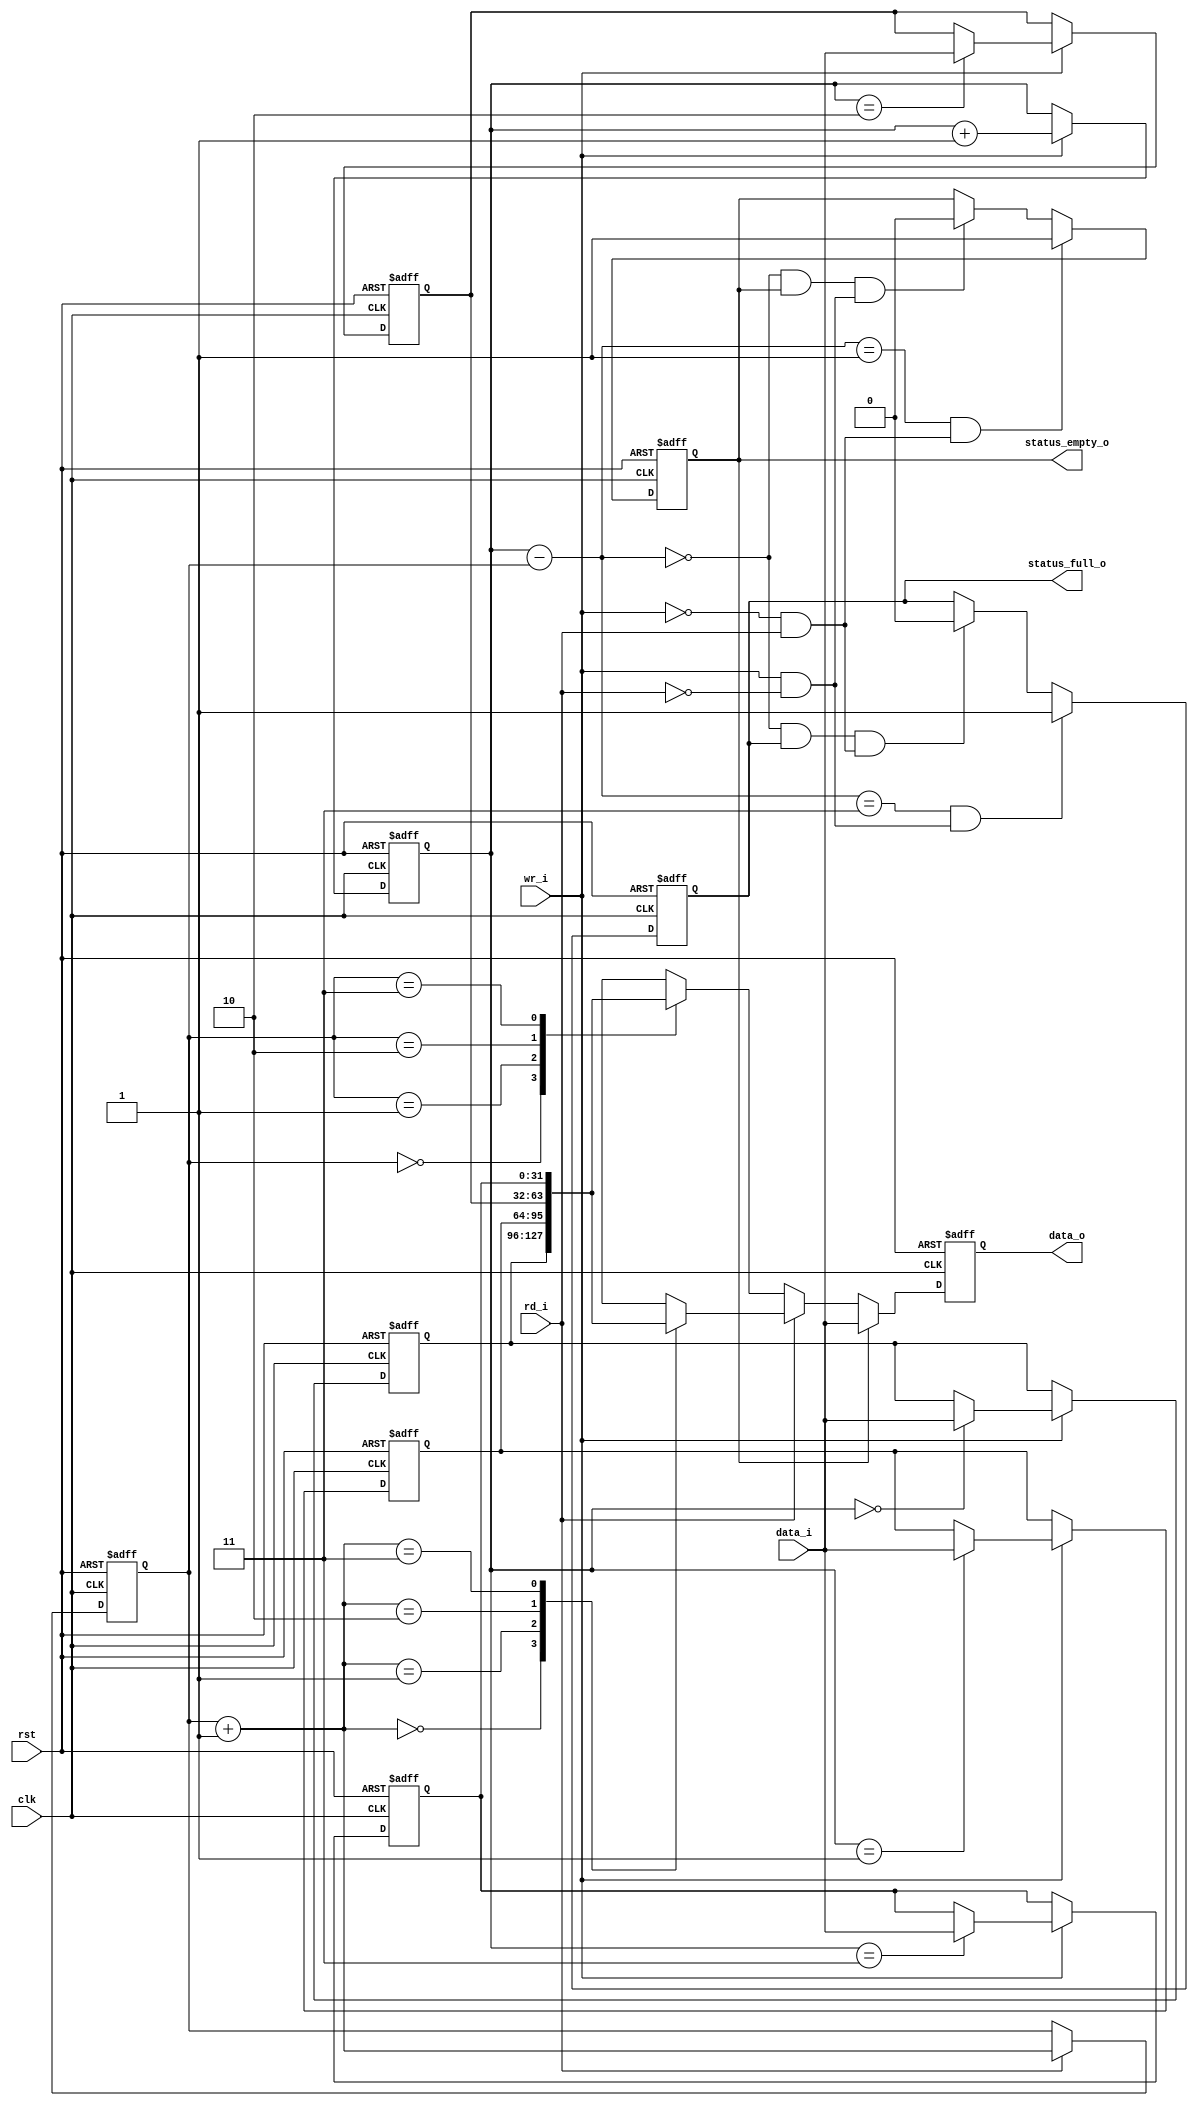
module mesi_isc_basic_fifo
    (
     // Inputs
     clk,
     rst,
     wr_i,
     rd_i,
     data_i,
     // Outputs
     data_o,
     status_empty_o,
     status_full_o
     );
parameter
  DATA_WIDTH        = 32,
  FIFO_SIZE         = 4,
  FIFO_SIZE_LOG2    = 2;
  

// Inputs
//================================
// System
input                   clk;          // System clock
input                   rst;          // Active high system reset

input                   wr_i;         // Write data to the fifo (store the data)
input                   rd_i;         // Read data from the fifo. Data is erased
                                      // afterward.
input [DATA_WIDTH-1:0]  data_i;       // Data data in to be stored
 
// Outputs
//================================
output [DATA_WIDTH-1:0] data_o;       // Data out to be rad 
// Status outputs
output                  status_empty_o; // There are no valid entries in the
                                       // fifo
output                  status_full_o; // There are no free entries in the fifo
                                       //  all the entries are valid

// Regs
//================================
reg  [DATA_WIDTH-1:0]   data_o;       // Data out to be rad 
reg  [DATA_WIDTH-1:0]   entry [FIFO_SIZE-1:0];  // The fifo entries
reg  [FIFO_SIZE_LOG2-1:0] ptr_wr;      // Fifo write pointer
reg  [FIFO_SIZE_LOG2-1:0] ptr_rd;      // Fifo read pointer
wire [FIFO_SIZE_LOG2-1:0] ptr_rd_plus_1;
reg                     status_empty;
reg                     status_full;
wire [FIFO_SIZE_LOG2-1:0] fifo_depth;  // Number of used entries
wire                    fifo_depth_increase;
wire                    fifo_depth_decrease;
   
integer 		i;             // For loop
								  
								  
`ifdef mesi_isc_debug
reg dbg_fifo_overflow;		       // Sticky bit for fifo overflow
reg dbg_fifo_underflow;		       // Sticky bit for fifo underflow
`endif

// Write to the fifo
//================================
// ptr_wr
// entry array
always @(posedge clk or posedge rst)
  if (rst)
  begin
     for(i=0; i < FIFO_SIZE; i = i + 1 )
       entry[i]    <= 0;
     ptr_wr        <= 0;
  end	
  else if (wr_i)
  begin
     entry[ptr_wr] <= data_i;        // Store the data_i to entry ptr_wr
     ptr_wr[FIFO_SIZE_LOG2-1:0] <= ptr_wr[FIFO_SIZE_LOG2-1:0] + 1; // Increase
                                     // the write pointer
  end


// Read from the fifo
//================================
// data_o
// The fifo output data_o is sampled. It always contains the data of 
// the entry[ptr_rd]; 
always @(posedge clk or posedge rst)
  if (rst)
    data_o[DATA_WIDTH-1:0] <= 0;
  else if (status_empty)
    data_o[DATA_WIDTH-1:0] <= data_i[DATA_WIDTH-1:0]; // When the fifo is empty
                                       // the write data
                                       // (if exists) is sampled to the fifo and
                                       // to the fifo output. In a case that in
                                       // the current cycle there is a write and
                                       // in the next cycle there is a read, the
                                       // data is ready in the output
  else if (rd_i)
    data_o[DATA_WIDTH-1:0] <= entry[ptr_rd_plus_1]; // Output the next data if this
                                       //  is a read cycle.
  else 
    data_o[DATA_WIDTH-1:0] <= entry[ptr_rd]; // The first data is sampled and
                                       //  ready for a read
// ptr_rd
always @(posedge clk or posedge rst)
  if (rst)
    ptr_rd[FIFO_SIZE_LOG2-1:0] <= 0;
  else if (rd_i)
    ptr_rd[FIFO_SIZE_LOG2-1:0] <= ptr_rd[FIFO_SIZE_LOG2-1:0] + 1; // Increase the
                                       //  read pointer
		
assign ptr_rd_plus_1 = ptr_rd + 1;

// Status
//================================
assign  status_empty_o        = status_empty;
assign  status_full_o         = status_full;

// status_empty
// status_empty is set when there are no any valid entries
always @(posedge clk or posedge rst)
  // On reset the fifo is empty
  if (rst)
                                                    status_empty <= 1;
  // There is one valid entry which is read (without write another entry)
  else if (fifo_depth == 1 & fifo_depth_decrease)
                                                    status_empty <= 1;
  // The fifo is empty and it is in a write cycle (without read)
  // The fifo_depth == 0 when the fifo is empty and when it is full
  else if (fifo_depth == 0   &
           status_empty      &    
           fifo_depth_increase)
                                                    status_empty <= 0;
	
always @(posedge clk or posedge rst)
  // On reset the fifo not full
  if (rst)
                                                    status_full  <= 0;
  // There is free entry which is written (without read other entry)
  else if (fifo_depth == FIFO_SIZE-1 & fifo_depth_increase)
                                                    status_full  <= 1;
  // The fifo is full and it is in a read cycle (without write)
  // The fifo_depth == 0 when the fifo is empty and when it is full
  else if (fifo_depth == 0 &
           status_full     &
           fifo_depth_decrease)
                                                    status_full  <= 0;
	

// The depth of the used fifo's entries is increased when there is a write
// and there is no a read
assign fifo_depth_increase     = wr_i & !rd_i;

// The depth of the used fifo's entries is decreased when there is a write
// and there is no a read
assign fifo_depth_decrease     = !wr_i & rd_i;
// In other cases (ptr_wr & ptr_rd) or (!ptr_wr & !ptr_rd) the number of the
// valid entries remains the same

// Because the buffer is cyclic the depth is always correct
assign fifo_depth[FIFO_SIZE_LOG2-1:0] = ptr_wr[FIFO_SIZE_LOG2-1:0] -
                                        ptr_rd[FIFO_SIZE_LOG2-1:0];
   
`ifdef mesi_isc_debug
// Debug
//================================
// dbg_fifo_overflow is a sticky bit which is set when writing (without reading)
// to a full fifo
// dbg_fifo_underflow is a sticky bit which is set when reading from an empty
// fifo
always @(posedge clk or posedge rst)
  if (rst)
    begin
     dbg_fifo_overflow   <= 0;
     dbg_fifo_underflow  <= 0;
    end
  else
  begin
     dbg_fifo_overflow   <= dbg_fifo_overflow | 
                            (status_full & fifo_depth_increase);
     dbg_fifo_underflow  <= dbg_fifo_underflow  | 
                            (status_empty & fifo_depth_decrease);
  end
`endif
   
endmodule